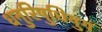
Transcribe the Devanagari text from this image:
धनुरिषुधियुगं